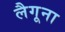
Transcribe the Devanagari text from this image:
लैगूना